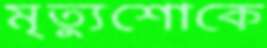
মৃত্যুশোকে